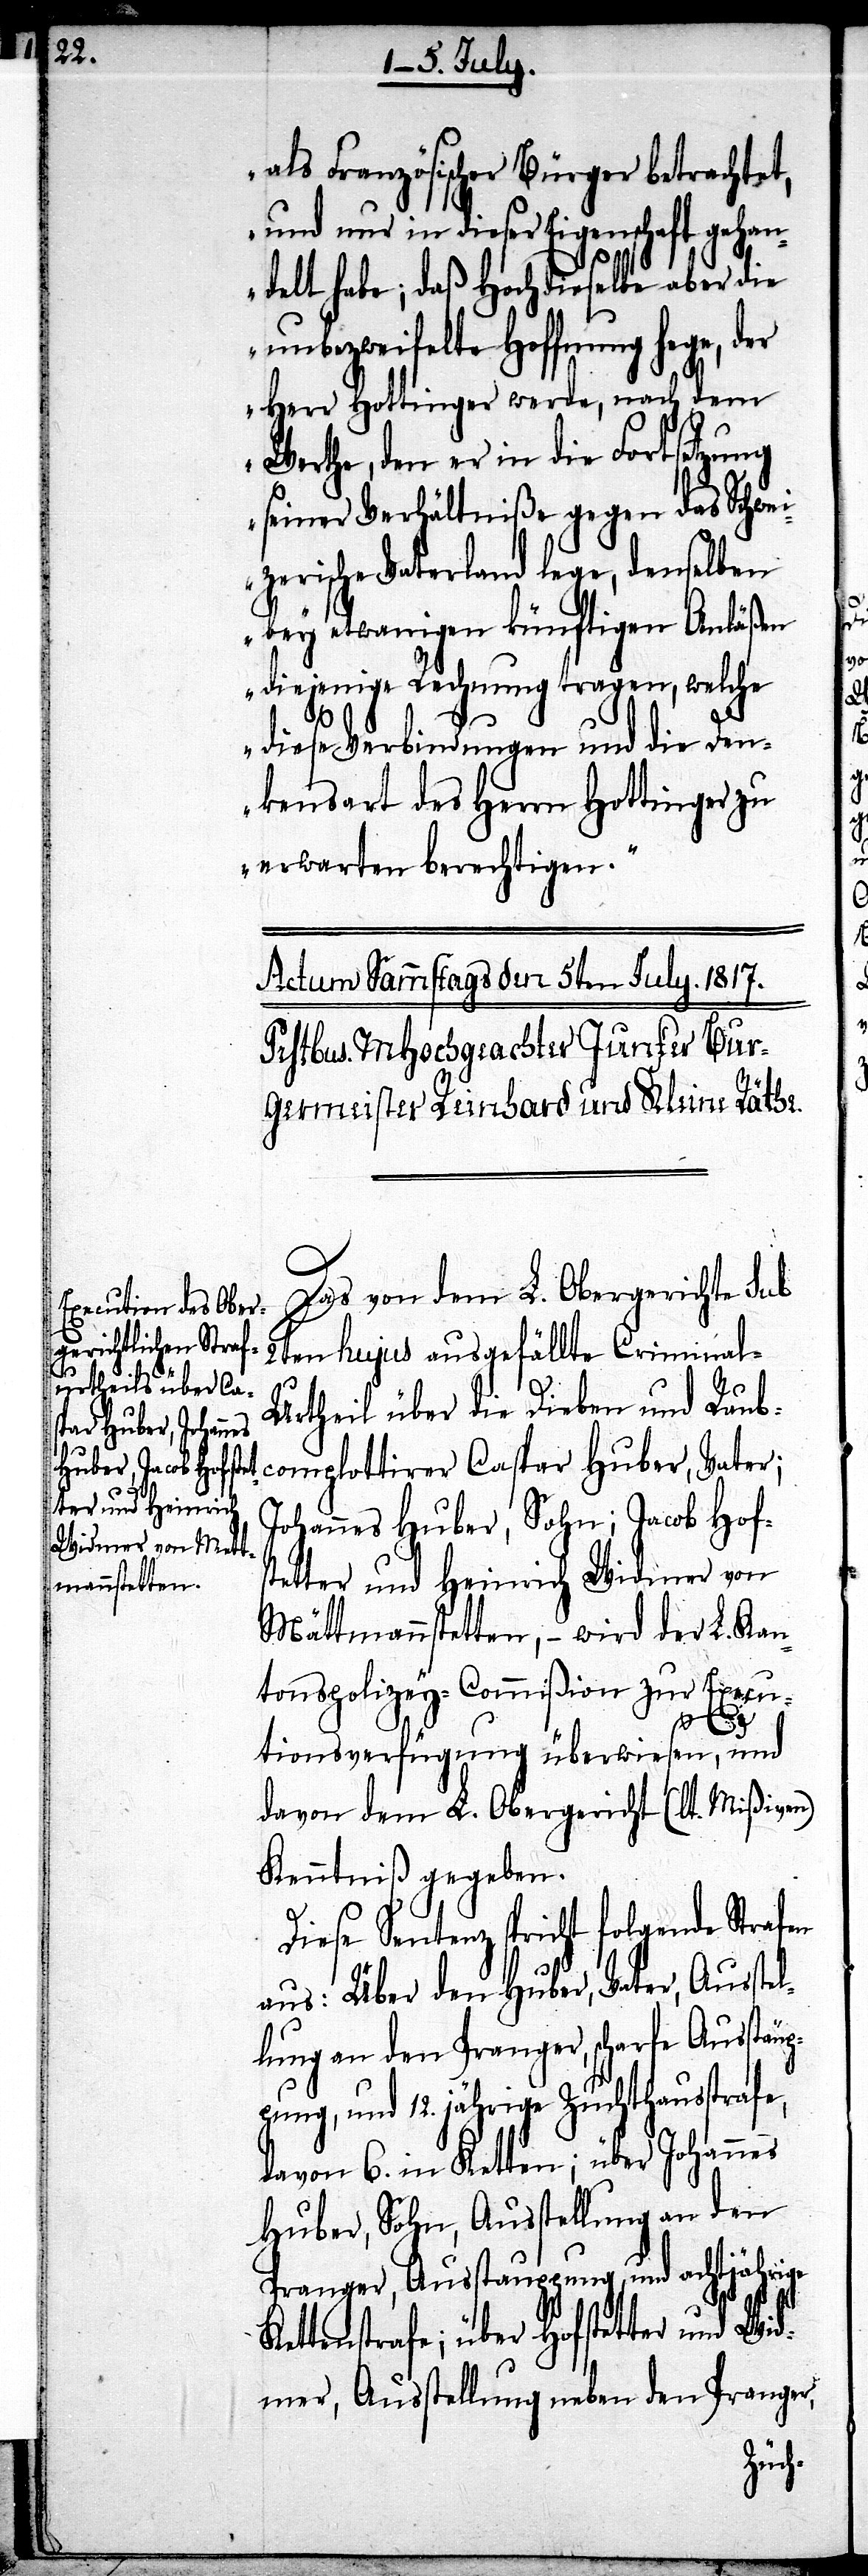
ter und Heinrich
Widmer von Mätt¬
mannstetten

als Französischer Bürger betrachtet,
und nur in dieser Eigenschaft gehan¬
delt habe; daß Hochdieselbe aber die
unbezweifelte Hoffnung hege, der
Herr Hottinger werde, nach dem
Werthe, den er in die Fortsetzung
seiner Verhältniße gegen das Schwei¬
zerische Vaterland lege, denselben
bey etwanigen künftigen Anläßen
diejenige Rechnung tragen, welche
–
diese Verbindungen und die Den¬
kensart des Herrn Hottinger zu
erwarten berechtigen.“
Das vom dem L. Obergerichte sub
2ten hujus ausgefällte Criminal-U¬
rtheil über die Dieben und Raub¬
complottirer Caspar Huber, Vater;
Johannes Huber, Sohn; Jacob Hof¬
tonspolizey-Commißion zur Execu¬
tionsverfügung überwiesen, und
davon dem L. Obergericht (lt. Mißiven)
Kenntniß gegeben.
Diese Sentenz spricht folgende Strafen
der
L.
aus: Über den Huber, Vater, Ausstel¬
lung an den Pranger, scharfe Ausstäup¬
pung , und 12. jährige Zuchthausstrafe,
davon 6. in Ketten; über Johannes
Huber, Sohn, Ausstellung an den
Pranger, Ausstauppung und achtjährige
Kettenstrafe; über Hofstetter und Wid¬
mer, Ausstellung neben den Pranger,
Kan¬